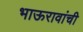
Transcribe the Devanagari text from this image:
भाऊरावांची